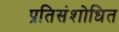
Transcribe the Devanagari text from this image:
प्रतिसंशोधित